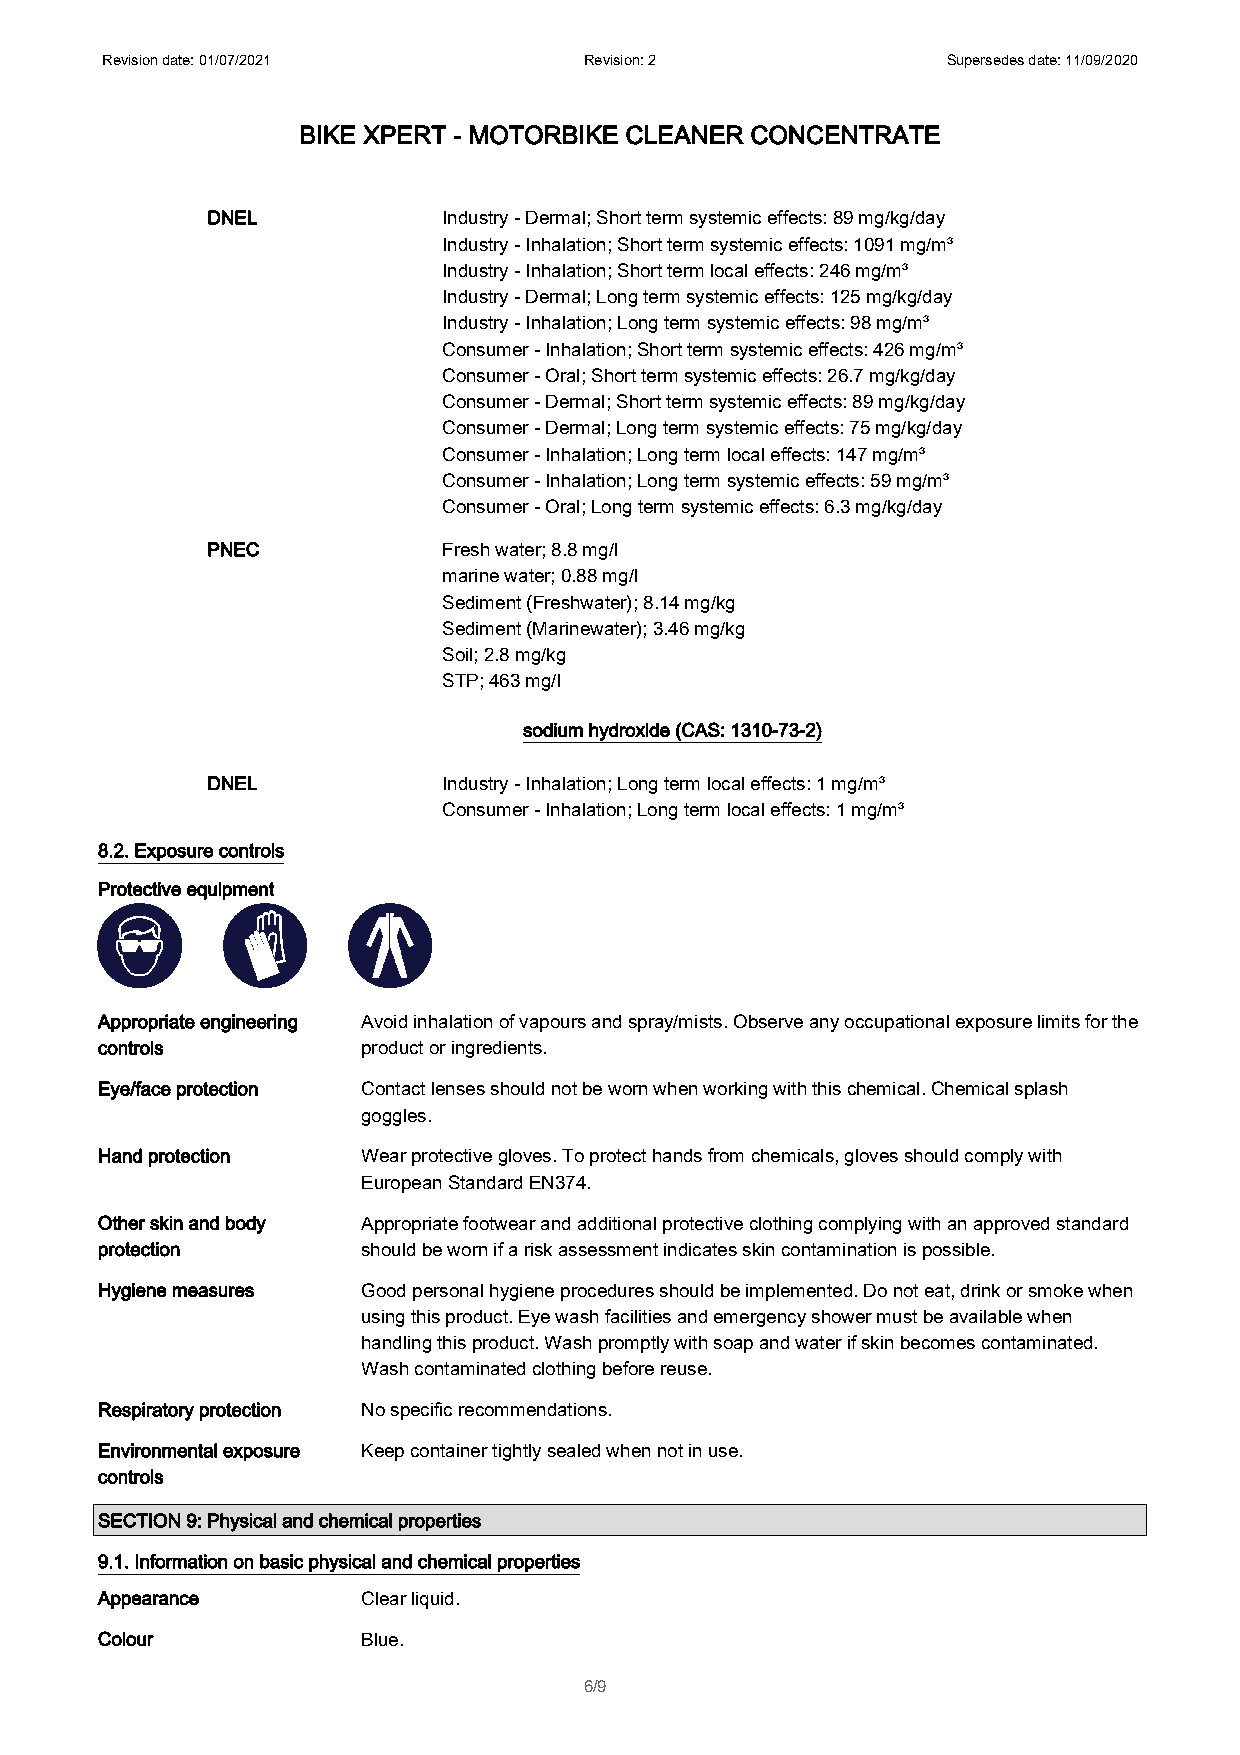
Revision date: 01/07/2021       Revision: 2             Supersedes date: 11/09/2020
 BIKE XPERT - MOTORBIKE CLEANER CONCENTRATE
 DNEL           Industry - Dermal; Short term systemic effects: 89 mg/kg/day
 Industry - Inhalation; Short term systemic effects: 1091 mg/m³
 Industry - Inhalation; Short term local effects: 246 mg/m³
 Industry - Dermal; Long term systemic effects: 125 mg/kg/day
 Industry - Inhalation; Long term systemic effects: 98 mg/m³
 Consumer - Inhalation; Short term systemic effects: 426 mg/m³
 Consumer - Oral; Short term systemic effects: 26.7 mg/kg/day
 Consumer - Dermal; Short term systemic effects: 89 mg/kg/day
 Consumer - Dermal; Long term systemic effects: 75 mg/kg/day
 Consumer - Inhalation; Long term local effects: 147 mg/m³
 Consumer - Inhalation; Long term systemic effects: 59 mg/m³
 Consumer - Oral; Long term systemic effects: 6.3 mg/kg/day
 PNEC           Fresh water; 8.8 mg/l
 marine water; 0.88 mg/l
 Sediment (Freshwater); 8.14 mg/kg
 Sediment (Marinewater); 3.46 mg/kg
 Soil; 2.8 mg/kg
 STP; 463 mg/l
 sodium hydroxide (CAS: 1310-73-2)
 DNEL           Industry - Inhalation; Long term local effects: 1 mg/m³
 Consumer - Inhalation; Long term local effects: 1 mg/m³
 8.2. Exposure controls
 Protective equipment
 Appropriate engineering Avoid inhalation of vapours and spray/mists. Observe any occupational exposure limits for the
 controls          product or ingredients.
 Eye/face protection Contact lenses should not be worn when working with this chemical. Chemical splash
 goggles.
 Hand protection   Wear protective gloves. To protect hands from chemicals, gloves should comply with
 European Standard EN374.
 Other skin and body Appropriate footwear and additional protective clothing complying with an approved standard
 protection        should be worn if a risk assessment indicates skin contamination is possible.
 Hygiene measures  Good personal hygiene procedures should be implemented. Do not eat, drink or smoke when
 using this product. Eye wash facilities and emergency shower must be available when
 handling this product. Wash promptly with soap and water if skin becomes contaminated.
 Wash contaminated clothing before reuse.
 Respiratory protection No specific recommendations.
 Environmental exposure Keep container tightly sealed when not in use.
 controls
 SECTION 9: Physical and chemical properties
 9.1. Information on basic physical and chemical properties
 Appearance        Clear liquid.
 Colour            Blue.
 6/9